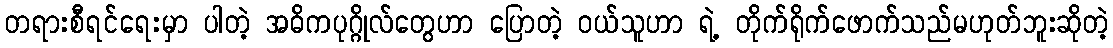
တရားစီရင်ရေးမှာ ပါတဲ့ အဓိကပုဂ္ဂိုလ်တွေဟာ ပြောတဲ့ ဝယ်သူဟာ ရဲ့ တိုက်ရိုက်ဖောက်သည်မဟုတ်ဘူးဆိုတဲ့